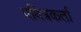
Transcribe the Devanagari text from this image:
पवित्रकर्ता